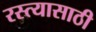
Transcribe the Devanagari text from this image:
रस्त्यासाठी